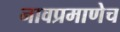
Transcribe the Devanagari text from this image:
नावप्रमाणेच